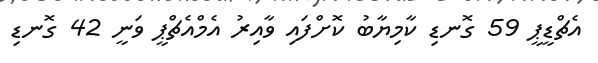
އެޗްޑީޕީ 59 ގޮނޑި ކާމިޔާބު ކޮށްފައި ވާއިރު އެމްއެޗްޕީ ވަނީ 42 ގޮނޑި